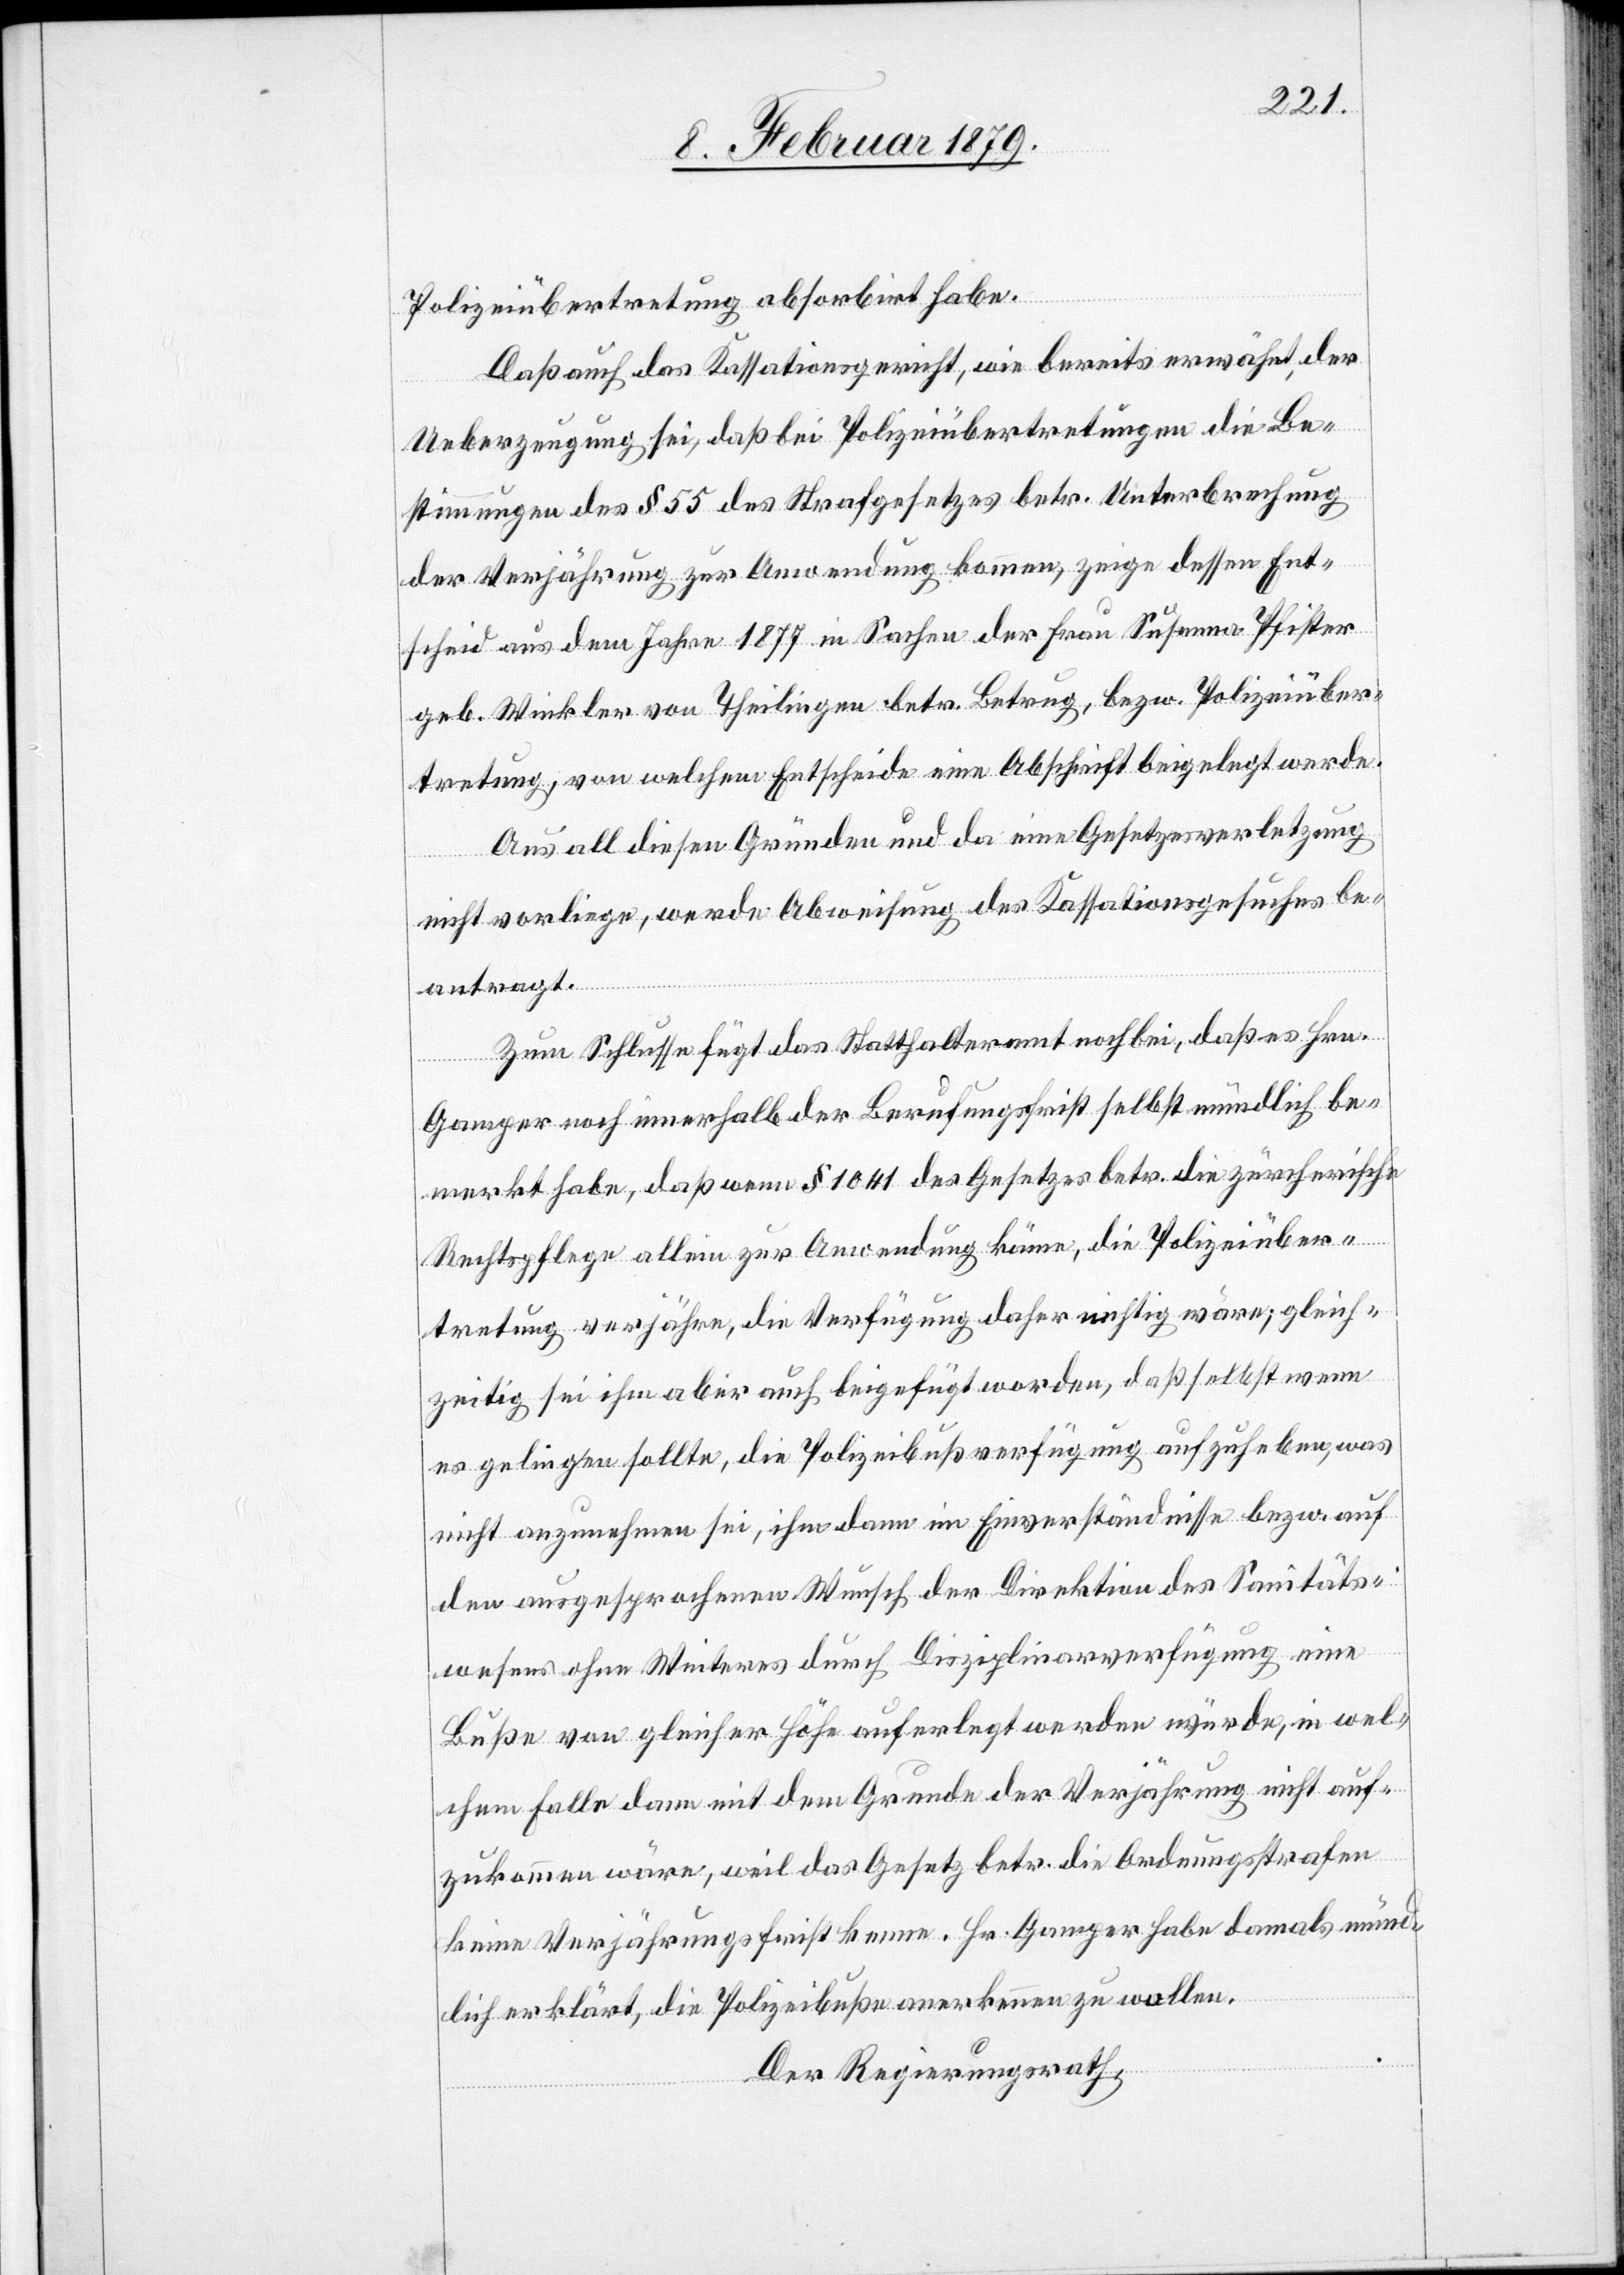
Polizeiübertretung absorbirt habe.
Daß auch das Kassationsgericht, wie bereits erwähnt, der
Ueberzeugung sei, daß bei Polizeiübertretungen die Be¬
stimmungen des § 55 des Strafgesetzes betr. Unterbrechung
der Verjährung zur Anwendung kommen, zeige dessen Ent¬
scheid aus dem Jahre 1877 in Sachen der Frau Susanna Pfister
geb. Winkler von Theilingen betr. Betrug, bezw. Polizeiüber¬
tretung, von welchem Entscheide eine Abschrift beigelegt werde.
Aus all diesen Gründen und da eine Gesetzesverletzung
nicht vorliege, werde Abweisung des Kassationsgesuches be¬
antragt.
Zum Schlusse fügt das Statthalteramt noch bei, daß es Hrn.
Gamper noch innerhalb der Berufungsfrist selbst mündlich be¬
merkt habe, daß wenn § 1041 des Gesetzes betr. die zürcherische
Rechtspflege allein zur Anwendung käme, die Polizeiüber¬
tretung verjähre, die Verfügung daher nichtig wäre; gleich¬
zeitig sei ihm aber auch beigefügt worden, daß selbst wenn
es gelingen sollte, die Polizeibußverfügung aufzuheben, was
nicht anzunehmen sei, ihm dann im Einverständnisse bezw. auf
den ausgesprochenen Wunsch der Direktion des Sanitäts¬
wesens ohne Weiteres durch Disziplinarverfügung eine
Buße von gleicher Höhe auferlegt werden würde, in wel¬
chem Falle dann mit dem Grunde der Verjährung nicht auf¬
zukommen wäre, weil das Gesetz betr. die Ordnungsstrafen
keine Verjährungsfrist kenne. Hr. Gamper habe damals münd¬
lich erklärt, die Polizeibuße anerkennen zu wollen.
Der Regierungsrath,